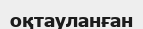
оқтауланған